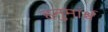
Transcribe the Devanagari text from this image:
हनुमांर्श्च